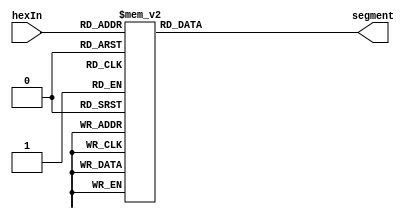
module hexTo7seg(
    input wire [3:0] hexIn,
    output wire [6:0] segment
    );
    
// 7-segment encoding
//      0
//     ---
//  5 |   | 1
//     --- <--6
//  4 |   | 2
//     ---
//      3

   reg [6:0] segment;
   
   always @(hexIn)
      case (hexIn)
          4'b0001 : segment = 7'b1111001;   // 1
          4'b0010 : segment = 7'b0100100;   // 2
          4'b0011 : segment = 7'b0110000;   // 3
          4'b0100 : segment = 7'b0011001;   // 4
          4'b0101 : segment = 7'b0010010;   // 5
          4'b0110 : segment = 7'b0000010;   // 6
          4'b0111 : segment = 7'b1111000;   // 7
          4'b1000 : segment = 7'b0000000;   // 8
          4'b1001 : segment = 7'b0010000;   // 9
          4'b1010 : segment = 7'b0001000;   // A
          4'b1011 : segment = 7'b0000011;   // b
          4'b1100 : segment = 7'b1000110;   // C
          4'b1101 : segment = 7'b0100001;   // d
          4'b1110 : segment = 7'b0000110;   // E
          4'b1111 : segment = 7'b0001110;   // F
          default : segment = 7'b1000000;   // 0
      endcase
				
endmodule